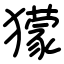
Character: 獴